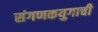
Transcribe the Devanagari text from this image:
संगणकयुगाची